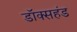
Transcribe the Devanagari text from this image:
डॉक्सहंड